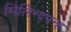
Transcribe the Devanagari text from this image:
मिलिन्दपन्ह